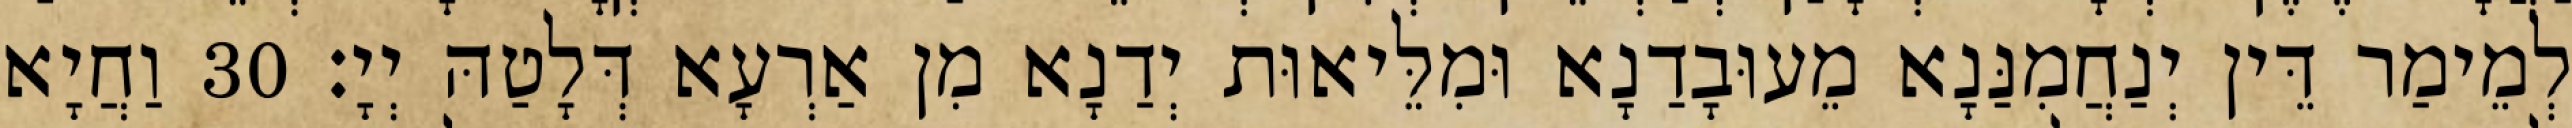
לְמֵימַר דֵּין יְנַחֲמִנַּנָא מֵעוּבָדַנָא וּמִלֵּיאוּת יְדַנָא מִן אַרְעָא דְּלָטַהּ יְיָ׃ 30 וַחֲיָא